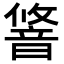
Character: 𬰽